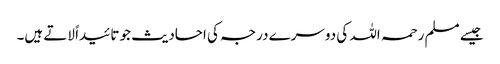
جیسے مسلم رحمہ اللہ کی دوسرے درجہ کی احادیث جو تائیداً لاتے ہیں۔